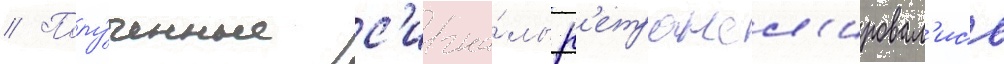
// Полу́ченные с'игна́лы р'етрансл'ировал'ись